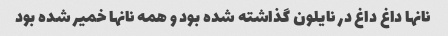
نانها داغ داغ در نایلون گذاشته شده بود و همه نانها خمیر شده بود